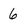
Character: 6